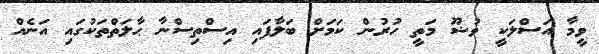
ވީމާ އަސްލަކީ ވުޟޫ މަތީ ހުރުން ކަމަށް ބަލާފައި އިސްތިސްނާ ޙާލަތްތަކުގައި އަނެއް